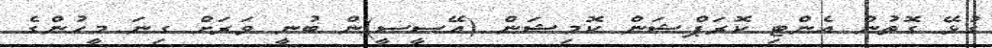
ގުޅޭ ގޮތުން އެންޓި ކޮރަޕްޝަން ކޮމިޝަން (އޭސީސީ)ން ބުނީ ވަރަށް ގިނަ މީހުންގެ